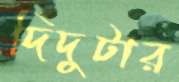
দিদুটার